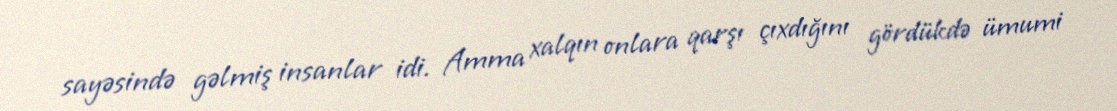
sayəsində gəlmiş insanlar idi. Amma xalqın onlara qarşı çıxdığını gördükdə ümumi